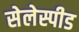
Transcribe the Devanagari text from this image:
सेलेस्पीड